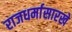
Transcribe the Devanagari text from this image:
राजधर्मासारखे